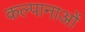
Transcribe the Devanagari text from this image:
कल्पानाओं